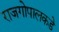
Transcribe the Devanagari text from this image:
राजगोपालकडे